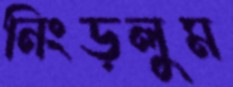
নিংড়লুম